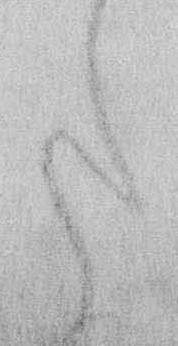
た